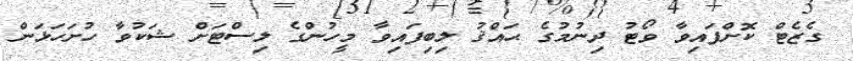
ގެޒެޓް ކޮށްފައިވާ ވޯޓު ދިނުމުގެ ޙައްޤު ލިބިފައިވާ މީހުންގެ ލިސްޓަށް ޝަކުވާ ހުށަހަޅަން